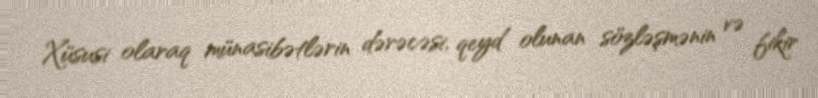
Xüsusi olaraq münasibətlərin dərəcəsi, qeyd olunan sözləşmənin və fikir